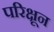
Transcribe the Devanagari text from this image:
परिक्षून